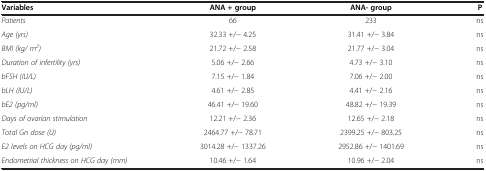
<table><thead><tr><td><b>Variables</b></td><td><b>ANA + group</b></td><td><b>ANA- group</b></td><td><b>P</b></td></tr></thead><tbody><tr><td><i>Patients</i></td><td>66</td><td>233</td><td>ns</td></tr><tr><td><i>Age (yrs)</i></td><td>32.33 +/- 4.25</td><td>31.41 +/- 3.84</td><td>ns</td></tr><tr><td><i>BMI (kg/ m</i><sup><i>2</i></sup><i>)</i></td><td>21.72 +/- 2.58</td><td>21.77 +/- 3.04</td><td>ns</td></tr><tr><td><i>Duration of infertility (yrs)</i></td><td>5.06 +/- 2.66</td><td>4.73 +/- 3.10</td><td>ns</td></tr><tr><td><i>bFSH (IU/L)</i></td><td>7.15 +/- 1.84</td><td>7.06 +/- 2.00</td><td>ns</td></tr><tr><td><i>bLH (IU/L)</i></td><td>4.61 +/- 2.85</td><td>4.41 +/- 2.16</td><td>ns</td></tr><tr><td><i>bE2 (pg/ml)</i></td><td>46.41 +/- 19.60</td><td>48.82 +/- 19.39</td><td>ns</td></tr><tr><td><i>Days of ovarian stimulation</i></td><td>12.21 +/- 2.36</td><td>12.65 +/- 2.18</td><td>ns</td></tr><tr><td><i>Total Gn dose (U)</i></td><td>2464.77 +/- 78.71</td><td>2399.25 +/- 803.25</td><td>ns</td></tr><tr><td><i>E2 levels on HCG day (pg/ml)</i></td><td>3014.28 +/- 1337.26</td><td>2952.86 +/- 1401.69</td><td>ns</td></tr><tr><td><i>Endometrial thickness on HCG day (mm)</i></td><td>10.46 +/- 1.64</td><td>10.96 +/- 2.04</td><td>ns</td></tr></tbody></table>